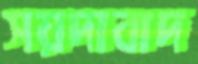
সয়দাবাদ